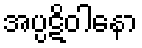
အပ္ပဋိဝါနော